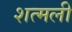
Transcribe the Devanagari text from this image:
शत्मली